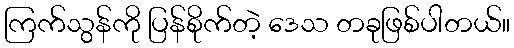
ကြက်သွန်ကို ပြန်စိုက်တဲ့ ဒေသ တခုဖြစ်ပါတယ်။